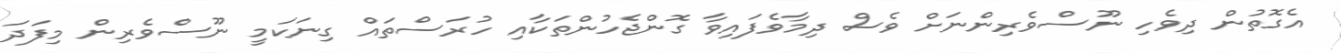
އެގޮތުން ދިވެހި ނޫސްވެރިންނަށް ވެސް ދިމާވެފައިވާ ގޮންޖެހުންތަކާއި ހުރަސްތައް ގިނަކަމީ ނޫސްވެރިން މިފަދަ